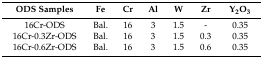
<table><thead><tr><td><b>ODS Samples</b></td><td><b>Fe</b></td><td><b>Cr</b></td><td><b>Al</b></td><td><b>W</b></td><td><b>Zr</b></td><td><b>Y<sub>2</sub>O<sub>3</sub></b></td></tr></thead><tbody><tr><td>16Cr-ODS</td><td>Bal.</td><td>16</td><td>3</td><td>1.5</td><td>-</td><td>0.35</td></tr><tr><td>16Cr-0.3Zr-ODS</td><td>Bal.</td><td>16</td><td>3</td><td>1.5</td><td>0.3</td><td>0.35</td></tr><tr><td>16Cr-0.6Zr-ODS</td><td>Bal.</td><td>16</td><td>3</td><td>1.5</td><td>0.6</td><td>0.35</td></tr></tbody></table>